65_HS1-834228961_62-HQ-83894_Serial_438
Agency: FBI
Page 10
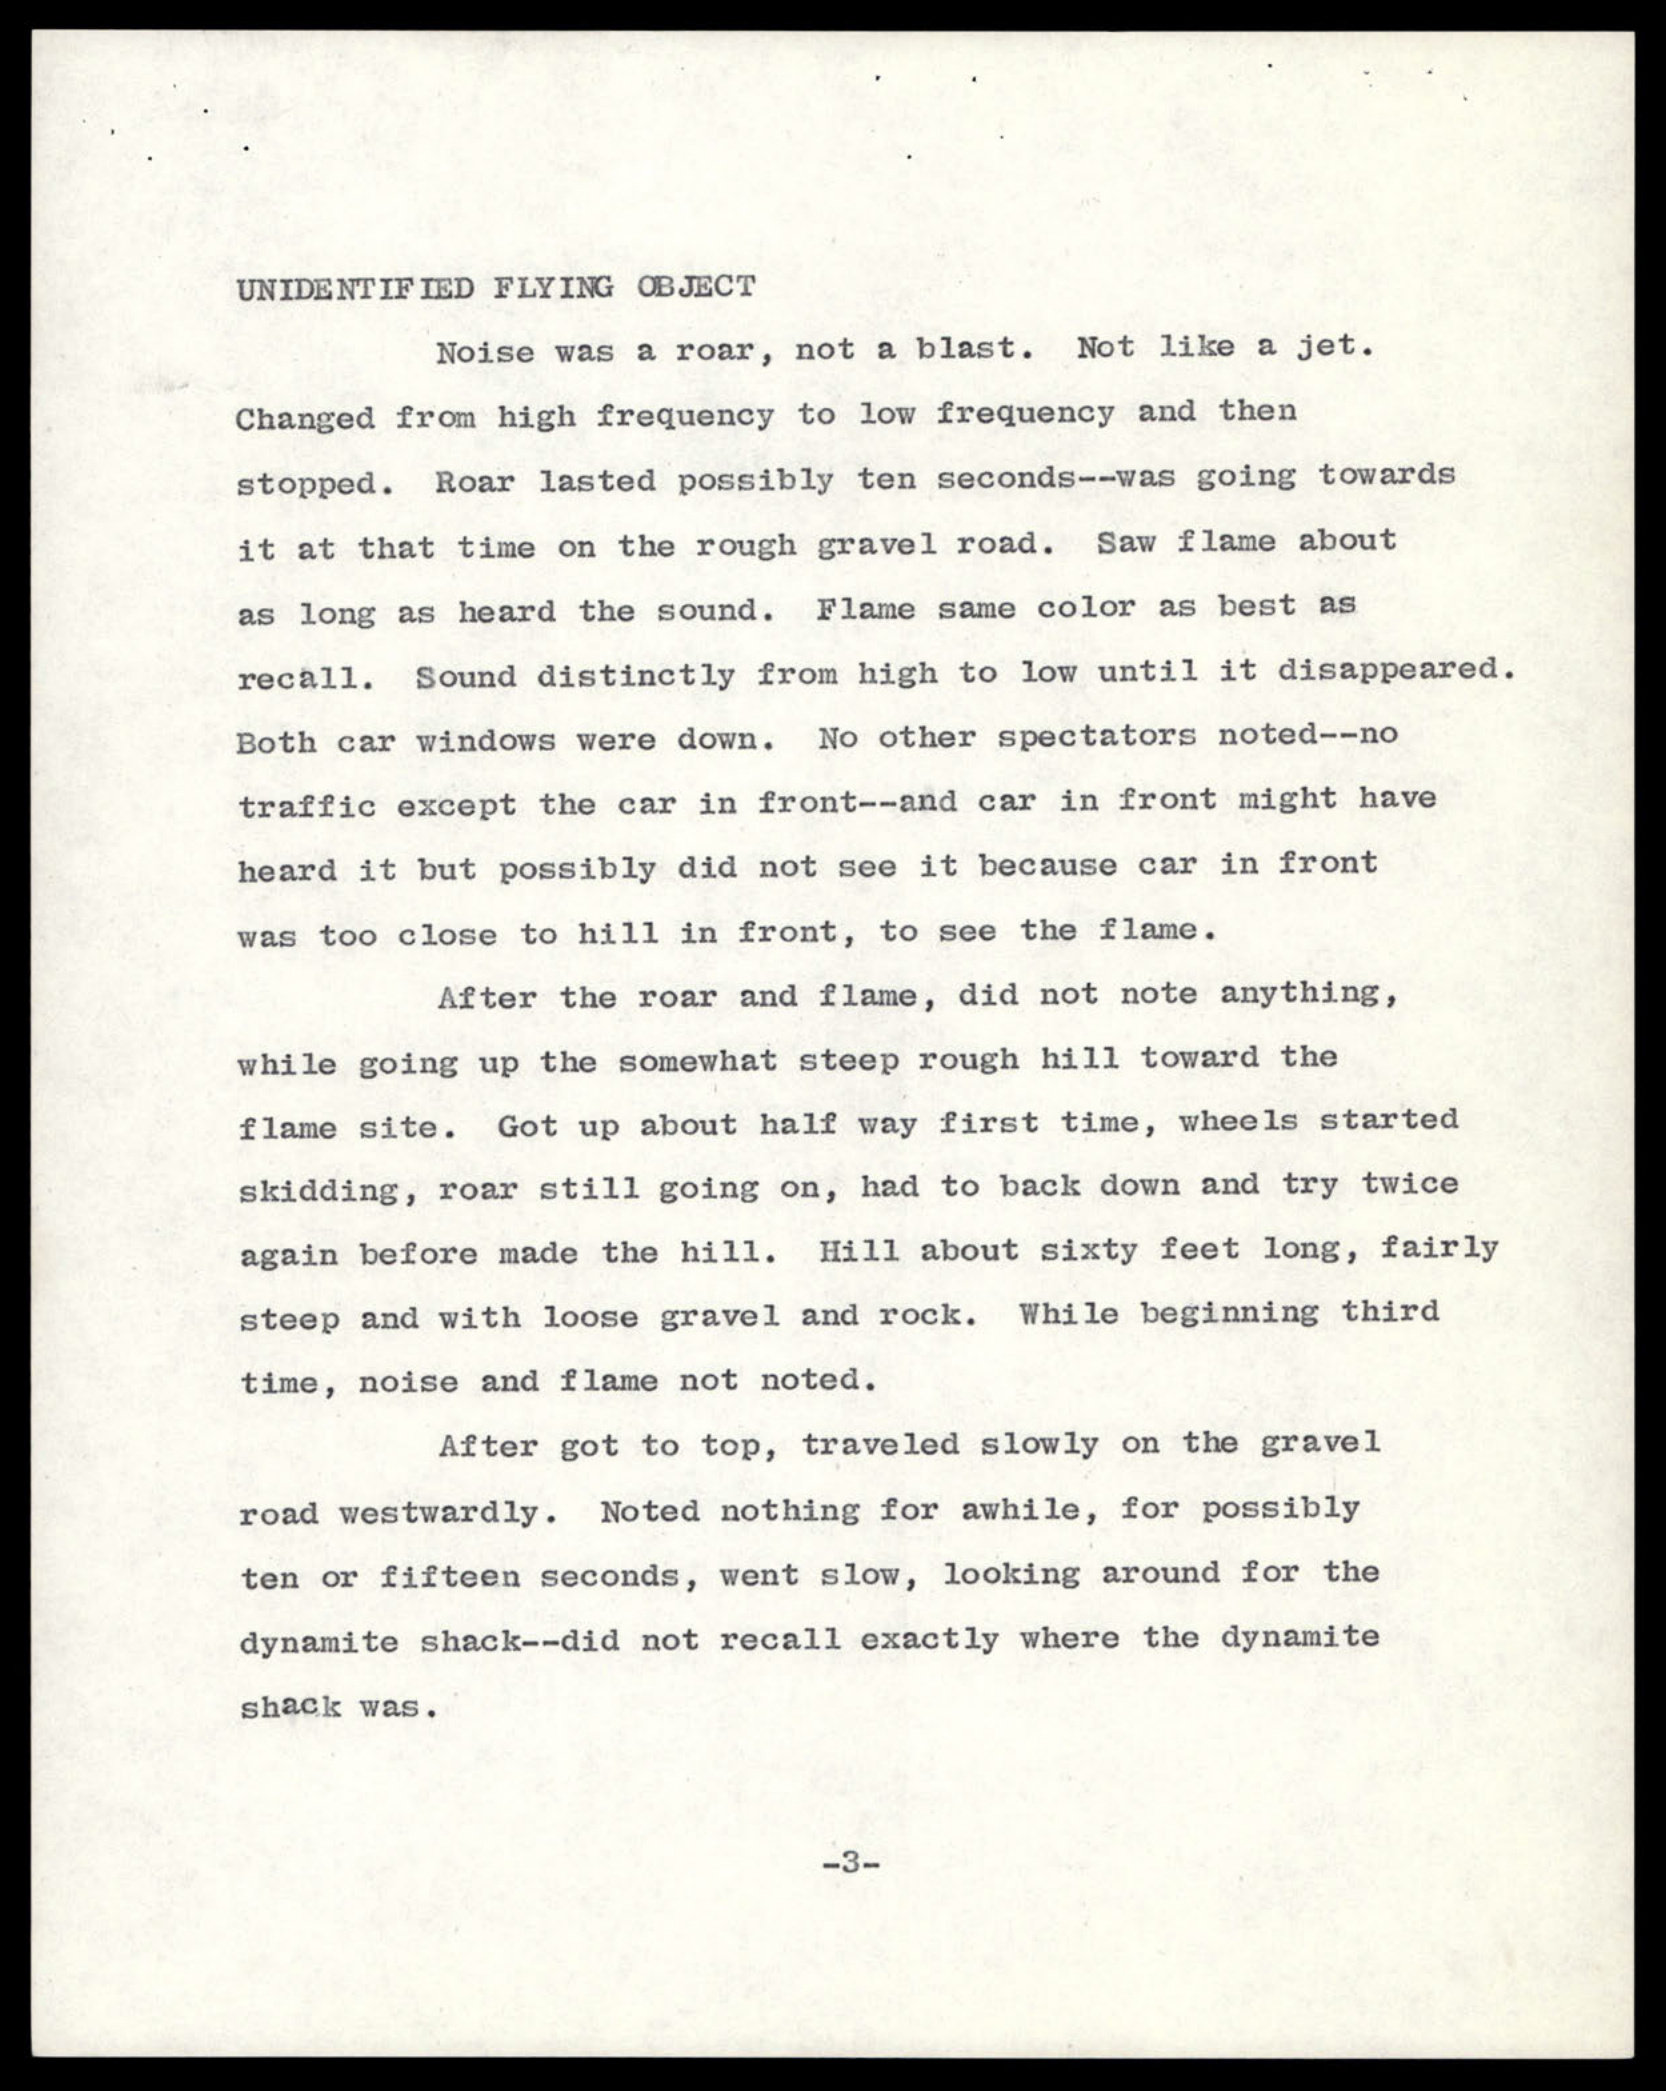